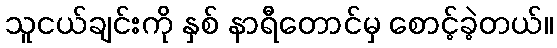
သူငယ်ချင်းကို နှစ် နာရီတောင်မှ စောင့်ခဲ့တယ်။